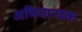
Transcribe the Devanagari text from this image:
अभियान्त्रक